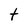
Character: t